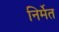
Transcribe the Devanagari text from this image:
निर्मेत